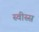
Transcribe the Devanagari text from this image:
स्वीस्स